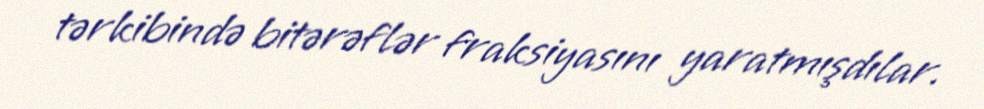
tərkibində bitərəflər fraksiyasını yaratmışdılar.